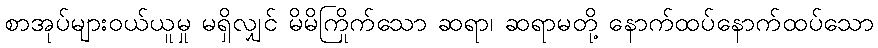
စာအုပ်များဝယ်ယူမှု မရှိလျှင် မိမိကြိုက်သော ဆရာ၊ ဆရာမတို့ နောက်ထပ်နောက်ထပ်သော